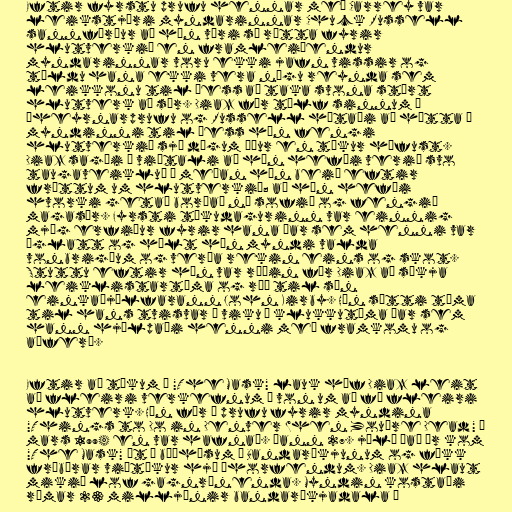
Eftir fyrstu prufu hennar með Carrey var
leikstjóri myndarinnar Chuck Russell
sannfærður að hún væri sú rétta fyrir
hlutverkið en framleiðendur
myndarinnar voru ekki jafn vissir og
töldu hana ekki vera nógu reynda sem
leikkonu til þess að taka svona stórt
hlutverk að sér. Diaz fór tólf sinnum í
áheyrnarprufu og Russell hótaði að hætta í
myndinni til þess hún fengi
hlutverkið sjö dögum áður en tökur hófust.
Diaz sagði í viðtali að hún hefði verið svo
taugaveikluð á meðan hún beið eftir
fréttum um hlutverkið; að hún hefði
hvorki getað borðað né sofið og fengið
magasár. Fyrsti tökudagurinn var einnig
mjög erfiður fyrir hana þar sem henni var
óglatt og hélt hún myndi valda
vonbrigðum og verða rekin eins og skot.
Stuttu eftir hún var ráðin fór Diaz að sækja
leiklistartíma og réð til sín
einkaþjálfarann John Kirby. Hún sótti tíma
til hans tvisvar á viku í klukkutíma þar sem
hann hjálpaði henni með framkomu og
aðferð.

Eftir að tökum á "The Mask" lauk hóf Diaz leit
að fleiri verkefnum í von um að fá fleiri
hlutverk. Hún fór í prufu fyrir myndina
"Things to Do in Denver When You're Dead" í
mars 1994 en var hafnað. Þann 27. júlí það ár kom
"The Mask" út í bíóhúsum í Bandaríkjunum og fékk
frábærar viðtökur hjá áhorfendum. Diaz hlaut
mikið lof gagnrýnenda. Myndin kostaði
rúmar 23 milljónir bandaríkjadala í